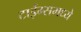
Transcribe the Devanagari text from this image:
टाईम्समध्ये